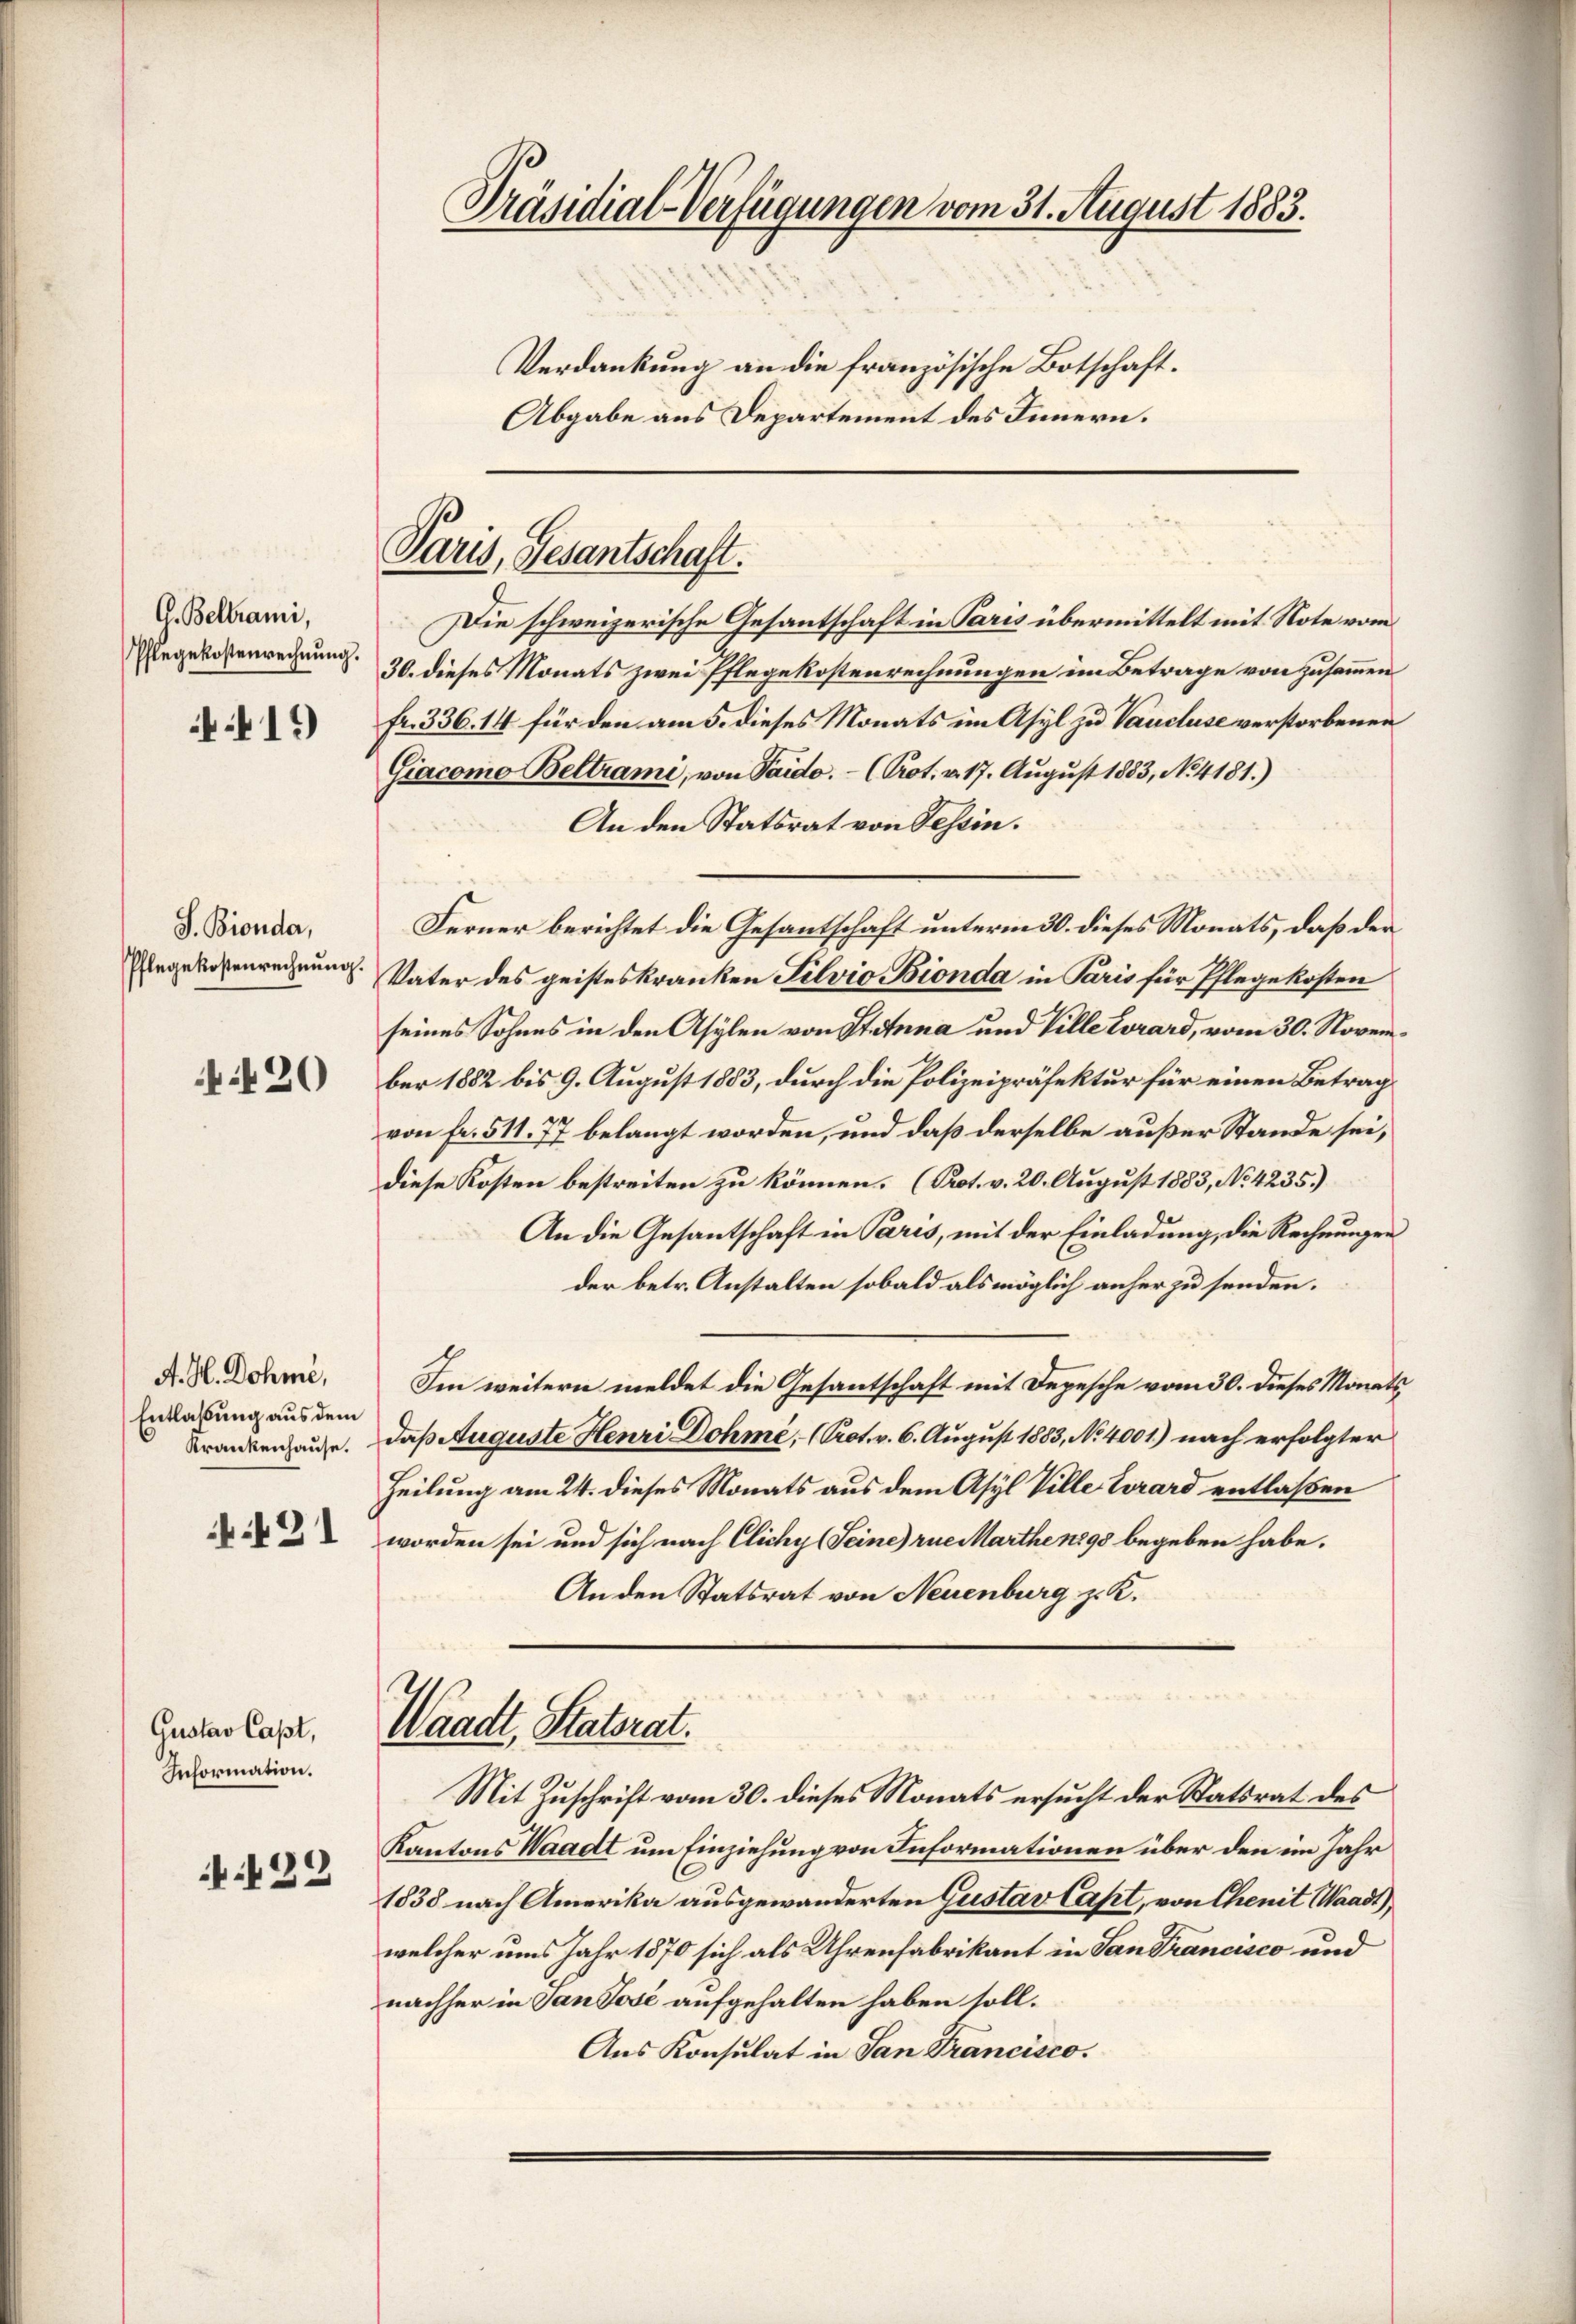
A. Beltrami,
Pflegekostenrechnung.

41)

S. Bionda,
Pflegekostenrechnung.

420

A. H. Dohmé,
Entlaßung aus dem
Krankenhause.

.421

Gustav laßt,
Information.

.422

Präsidial-Verfügungen vom 31. August 1883.
Verdankung an die französische Botschaft.

Abgabe aus Departement des Innern.

Paris, Gesantschaft.

Die schweizerische Gesantschaft in Paris übermittelt mit Note vom
30. dieses Monats zwei Pflegekostenrechnungen im Betrage von zusammen
fr. 336. 14 für den am 5. dieses Monats im Asyl zu Vaucluse verstorbenen
Giacomo Beltrami, von Paido. - (Prot. v. 17. August 1883, No. 4181.)
An den Statsrat von Tessin.
Ferner berichtet die Gesantschaft unterm 30. dieses Monats, daß der
Vater des geisteskranken Silvio Bionda in Paris für Pflegekosten
seines Sohnes in den Asylen von Stanna und Ville Corard, vom 30. November 1882 bis 9. August 1883, durch die Polizeipräsektur für einen Betrag
von Fr. 511. 77 belangt worden, und daß derselbe außer Stande sei,
diese Kosten bestreiten zu können. (Prot. v. 20. August 1883, No 4235.)
An die Gesantschaft in Paris, mit der Einladung, die Rechnungen
der betr. Anstalten sobald als möglich anher zu senden.
Im weitern meldet die Gesantschaft mit Depesche vom 30. dieses Monats,
daß Auguste Henri Dohmé, (Prot. v. 6. August 1883, No 4001.) nach erfolgter
Heilung am 24. dieses Monats aus dem Asyl Ville Trard entlaßen
worden sei und sich nach Cichy (Seine rue Marthe 1898 begeben habe.
An den Statsrat von Neuenburg z. K.
Waadt, Statorat.
Mit Zuschrift vom 30. dieses Monats ersucht der Statsrat des
Kantons Waadt um Einziehung von Informationen über den im Jahr
.
1838 nach Amerika ausgewanderten Gustav Cast, von Chemit Waadt)
welcher ums Jahr 1870 sich als Uhrenfabrikant in Sandrancisco und
nachher in San José aufgehalten haben soll.
Aus Konsulat in San Francisco.